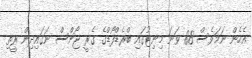
އެހެން ނަމަވެސް 88 ވަނަ މިނިޓުގައި ބްރެޑްފޯޑްގެ ގެރީ ޖޯންސް ނަގައިދިން ރީތި